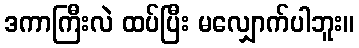
ဒကာကြီးလဲ ထပ်ပြီး မလျှောက်ပါဘူး။